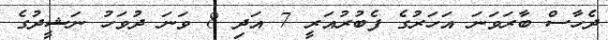
ދެހާސް ބާރަވަނަ އަހަރުގެ ފެބުރުއަރީ 7 އަދި 8 ވަނަ ދުވަހު ނަޝީދުގެ